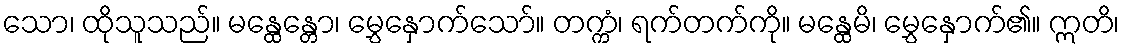
သော၊ ထိုသူသည်။ မန္ထေန္တော၊ မွှေနှောက်သော်။ တက္ကံ၊ ရက်တက်ကို။ မန္ထေမိ၊ မွှေနှောက်၏။ ဣတိ၊